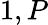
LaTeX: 1,P